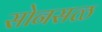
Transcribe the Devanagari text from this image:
सोनसळ